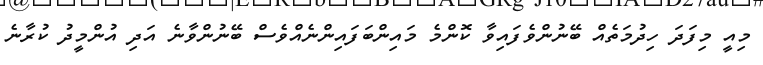
މިއީ މިފަދަ ހިދުމަތެއް ބޭނުންވެފައިވާ ކޮންމެ މައިންބަފައިންނެއްވެސް ބޭނުންވާނެ އަދި އުންމީދު ކުރާނެ